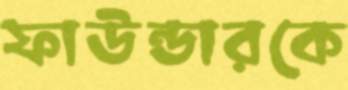
ফাউন্ডারকে